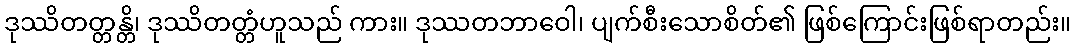
ဒုဿိတတ္တန္တိ၊ ဒုဿိတတ္တံဟူသည် ကား။ ဒုဿတဘာဝေါ၊ ပျက်စီးသောစိတ်၏ ဖြစ်ကြောင်းဖြစ်ရာတည်း။